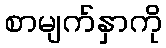
စာမျက်နှာကို